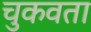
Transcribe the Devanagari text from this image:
चुकवता